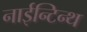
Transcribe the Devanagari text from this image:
नाईन्टिन्थ